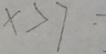
x > 7